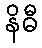
နိဓီ